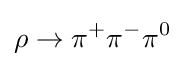
\rho \to \pi ^{+}\pi ^{-}\pi ^{0}